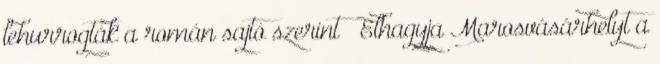
lehurrogták a román sajtó szerint ↑ Elhagyja Marosvásárhelyt a